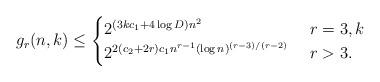
LaTeX: \begin{align*}g_r(n,k)\le\begin{cases} 2^{(3kc_1+4\log D)n^2} & \ r=3, k \\ 2^{2(c_2+2r)c_1n^{r-1}(\log n)^{(r-3)/(r-2)}} & \ r>3. \end{cases}\end{align*}